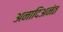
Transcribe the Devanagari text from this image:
अनादिअनंत